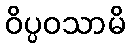
ဝိပ္ပဝသာမိ